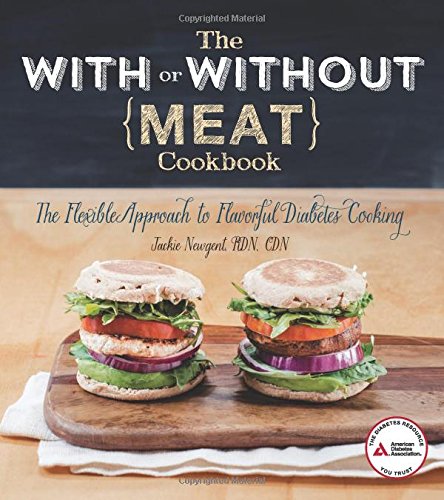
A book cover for The With or Without Meat Cookbook: The Flexible Approach to Flavorful Diabetes Cooking; Jackie Newgent R.D.; Cookbooks, Food & Wine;